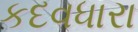
કદવધારા